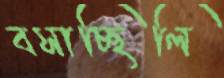
বসাচ্ছিলি